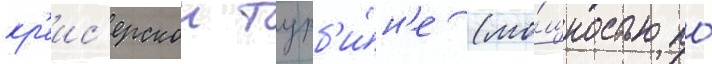
кр'еис'ерскои турб'и́н'е (мо́щностью по́